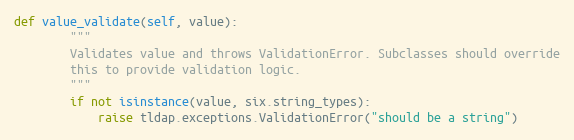
Language: Python
def value_validate(self, value):
        """
        Validates value and throws ValidationError. Subclasses should override
        this to provide validation logic.
        """
        if not isinstance(value, six.string_types):
            raise tldap.exceptions.ValidationError("should be a string")